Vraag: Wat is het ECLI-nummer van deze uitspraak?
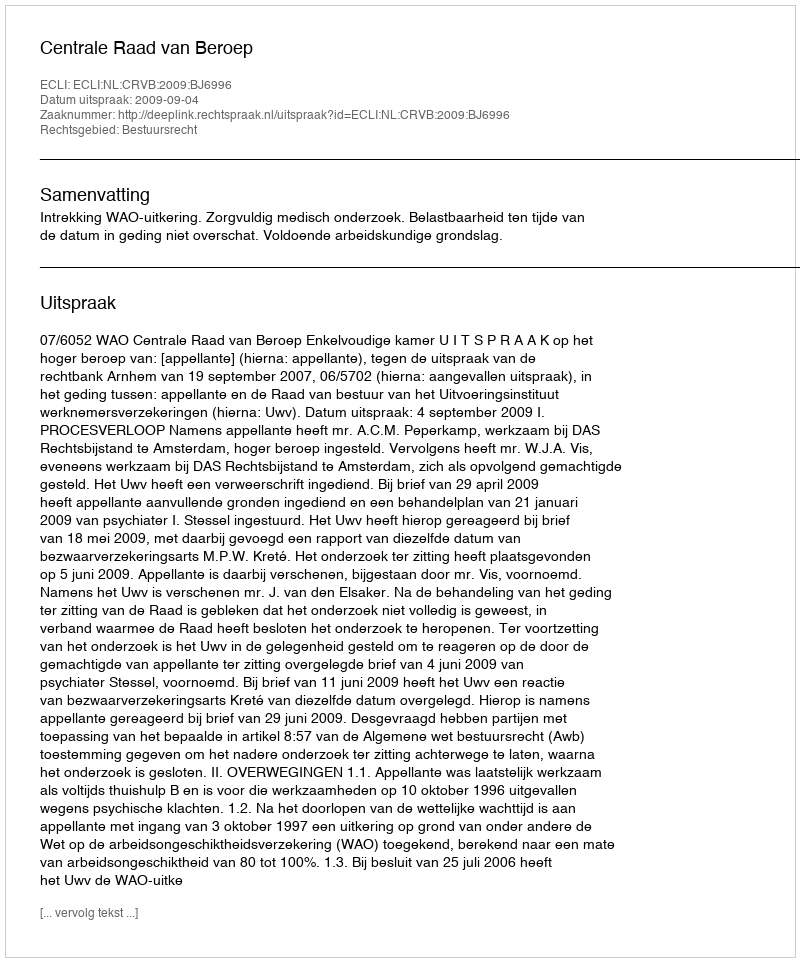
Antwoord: ECLI:NL:CRVB:2009:BJ6996